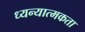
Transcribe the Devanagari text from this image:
ध्यन्यात्मकता